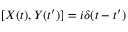
[ X ( t ) , Y ( t ^ { \prime } ) ] = i \delta ( t - t ^ { \prime } )